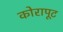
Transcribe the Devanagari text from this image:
कोरापूट